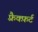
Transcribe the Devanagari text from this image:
फ़्रैक्फ़र्ट